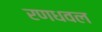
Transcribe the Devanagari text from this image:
रणधवल